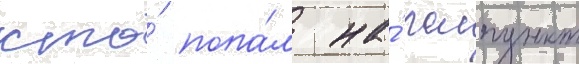
кто́ попа́л на́ лагпункт